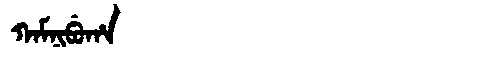
Manchu: ᡴᠠᠮᠨᡳᠪᡠᡥᠠ
Romanization: KAMNIBUHA